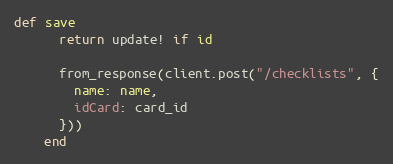
Language: Ruby
def save
      return update! if id

      from_response(client.post("/checklists", {
        name: name,
        idCard: card_id
      }))
    end